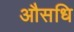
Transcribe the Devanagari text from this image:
औसधि